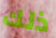
ذلك